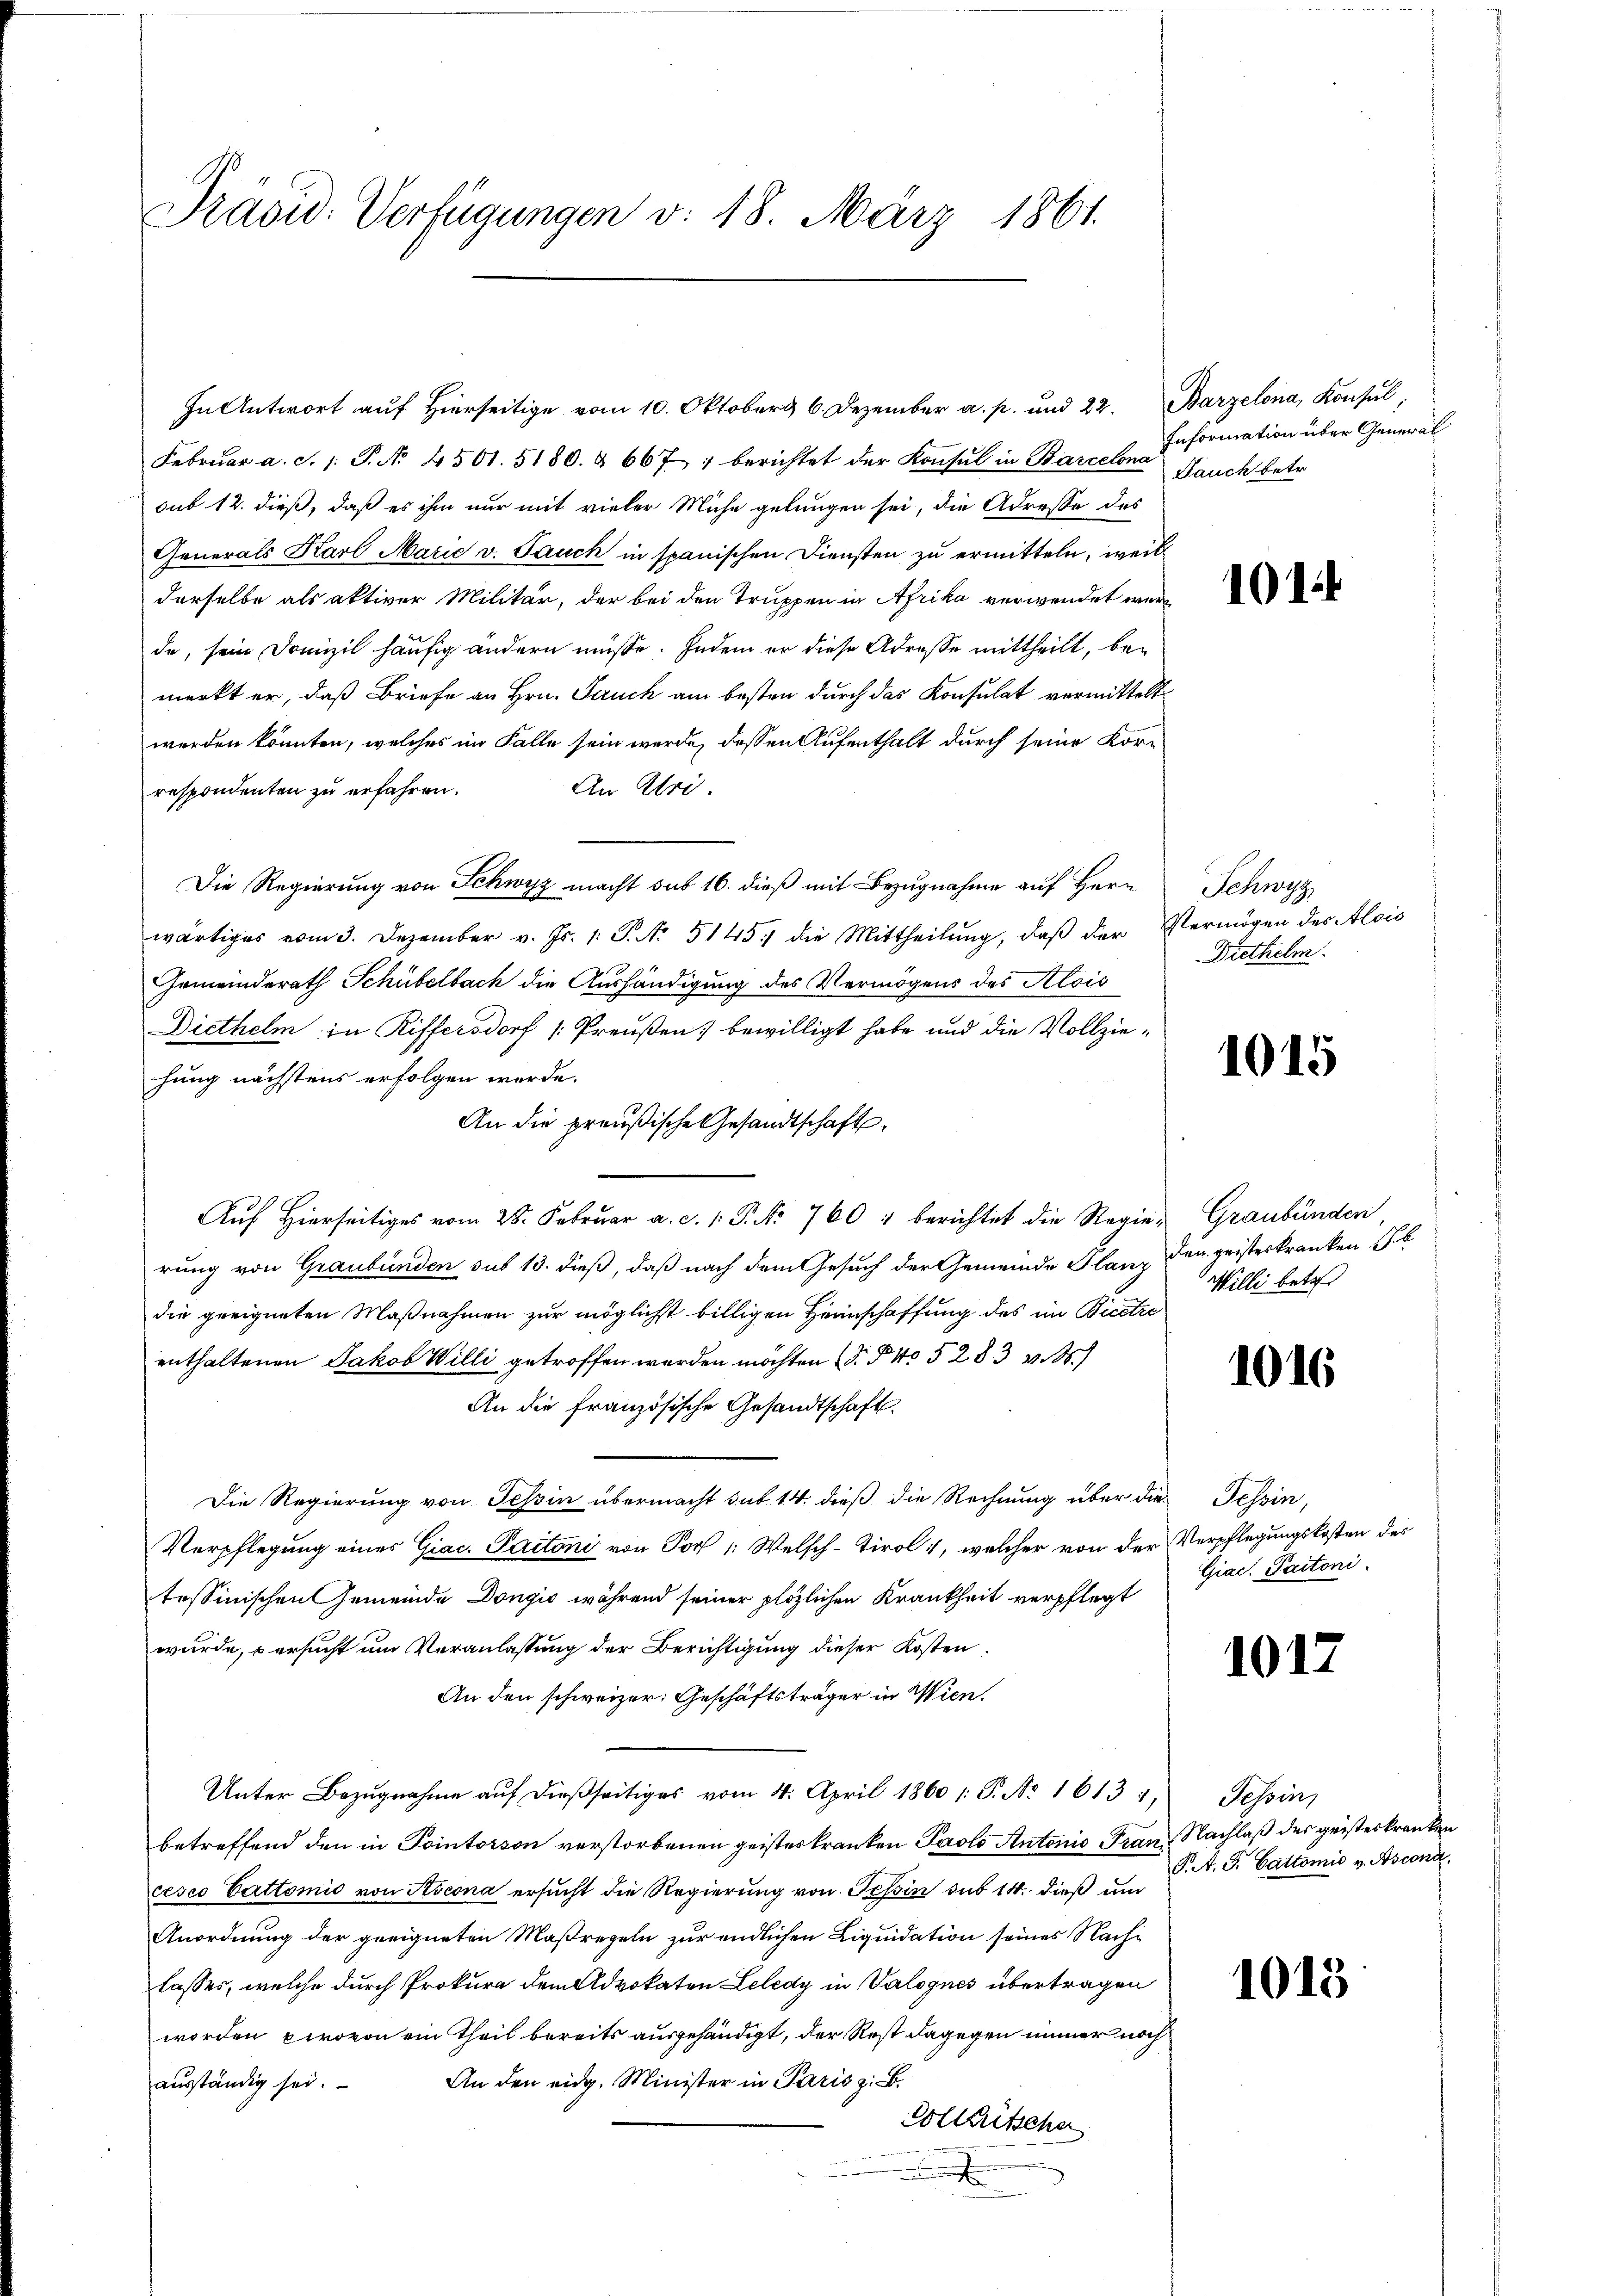
Präsid. Verfügungen v. 18. März 1861.

Februar a. S. 1: P. No. 4501. 5180. & 667 : berichtet der Konsul in Barcelona Nauch betr.
sub 12. dieß, daß es ihm nur mit vieler Miche gelungen sei, die Adresse des
Generals Karl Marie v. Bauch in spanischen Diensten zu ermitteln, weil
derselbe als aktiver Militär, der bei den Truppen in Afrika verwendet werde, sein Domizil häufig ändern müsse. Indem er diese Adresse mittheilt, bemerkt er, daß Briefe an Hrn. Jauch am besten durch das Konsulat vermittelt
werden könnten, welches im Falle sein werde, dessen Aufenthalt durch seine Kor¬
An Eri
respondenten zu erfahren.
Die Regierung von Schwyz macht sub 16. dieß mit Bezugnahme auf Herr
wärtiges vom 3. Dezember v. Js. 1. P. Nr. 5145. die Mittheilŭng, daβ der Vermögen des Alois
Gemeinderath Schübelbach die Aushändigung des Vermögens des Alois
Diethelm in Riffersdorf (Preußen; bewilligt habe und die Vollziehung nächstens erfolgen werde.
An die preußische Gesandtschaft
Auf Hierseitiges vom 28. Februar a. c. 1. P. No 760 & berichtet die Regien Graubünden
rung von Graubünden sub 13. dieß, daß nach dem Gesuch der Gemeinde Planz den geisteskranken 16
die geeigneten Maßnahmen zur möglichst billigen Heimschaffung des im Bietre
enthaltenen Jakob Willi getroffen werden möchten d. P. No 528. 3 v. M.
An die französische Gesandtschaft
Die Regierung von Tessin übermacht sub 14. dieß die Rechnung über die Tessin,
Verpflegung eines Giac. Partoni von Torf /: Welsch-Tirol, welcher von der Verpflegungskosten des
tessinischen Gemeinde Dongić während seiner plötzlichen Krankheit verpflegt
wurde, versucht um Veranlassung der Berichtigung dieser Kosten
An den schweizer: Geschäftsträger in Wien,
Unter Bezugnahme auf dießseitiges vom 4. April 1860 1: P. Nr. 1613 1,
betreffend den in Pointerson verstorbenen geistes Kranken Paolo Antonis Franz Nachlaß des geisteskranken
cesco Cattomie von Ascona ersucht die Regierung von Tessin sub 14. dieß und
Anordnung der geeigneten Maßregeln zur endlichen Liquidation seines Nachlasses, welche durch Prokura dem Advokaten Leledy in Valognes übertragen
worden provon ein Theil bereits ausgehändigt, der Rest dagegen immer noch
An den eidg. Minister in Paris z. B.
ausständig sei.
Collaritscher

In Antwort auf Hierseitige vom 10. Oktober 6. Dezember a. p. und 22. Barzelona, Konsul,

Information über General

101.

Schwyz
Diethelm

10

Willi betr.

1016.

Giac. Pactoni.

1012.

15

Tessin,
P. F. Cattomie v. Asconi,

1013